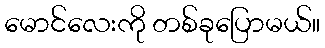
မောင်လေးကို တစ်ခုပြောမယ်။